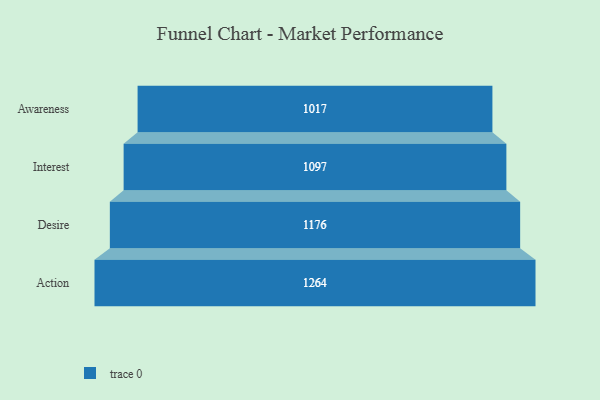
{"axis": {"x": "Stage", "y": "Value"}, "legend": [""], "data": [{"x": "Awareness", "y": 1017.0, "type": ""}, {"x": "Interest", "y": 1097.0, "type": ""}, {"x": "Desire", "y": 1176.0, "type": ""}, {"x": "Action", "y": 1264.0, "type": ""}]}